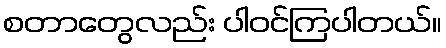
စတာတွေလည်း ပါဝင်ကြပါတယ်။